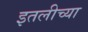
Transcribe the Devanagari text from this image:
इतलीच्या